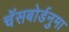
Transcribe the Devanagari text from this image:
चॅसबोर्डनुमा